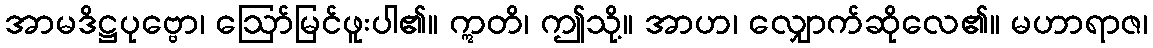
အာမဒိဋ္ဌပုဗ္ဗော၊ ဩော်မြင်ဖူးပါ၏။ ဣတိ၊ ဤသို့။ အာဟ၊ လျှောက်ဆိုလေ၏။ မဟာရာဇ၊